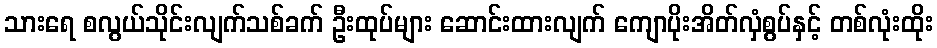
သားရေ စလွယ်သိုင်းလျက်သစ်ခက် ဦးထုပ်များ ဆောင်းထားလျက် ကျောပိုးအိတ်လှံစွပ်နှင့် တစ်လုံးထိုး